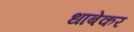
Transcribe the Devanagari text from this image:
धाबेकर